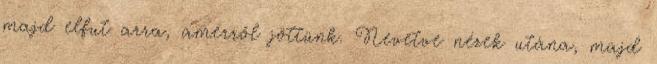
majd elfut arra, amerről jöttünk. Nevetve nézek utána, majd